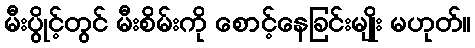
မီးပွိုင့်တွင် မီးစိမ်းကို စောင့်နေခြင်းမျိုး မဟုတ်။